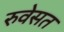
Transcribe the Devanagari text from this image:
रुवेसत